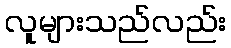
လူများသည်လည်း